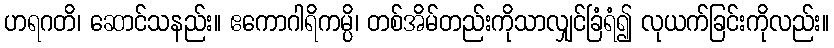
ဟရဂတိ၊ ဆောင်သနည်း။ ဧကောဂါရိကမ္ပိ၊ တစ်အိမ်တည်းကိုသာလျှင်ခြံရံ၍ လုယက်ခြင်းကိုလည်း။